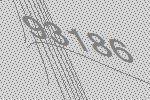
93186